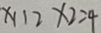
x _ { 1 1 2 } x _ { 2 } = 4